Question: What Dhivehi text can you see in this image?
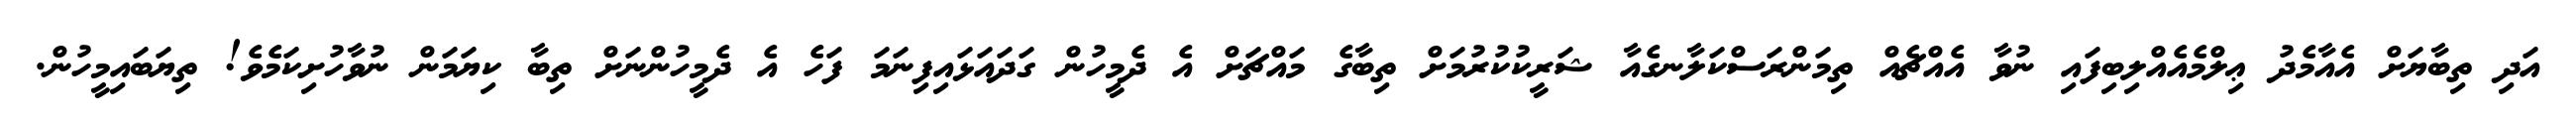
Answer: އަދި ތިބާޔަށް އެއާމެދު ޢިލްމެއެއްލިބިފައި ނުވާ އެއްޗެއް ތިމަންރަސްކަލާނގެއާ ޝަރީކުކުރުމަށް ތިބާގެ މައްޗަށް އެ ދެމީހުން ގަދައަޅައިފިނަމަ ފަހެ އެ ދެމީހުންނަށް ތިބާ ކިޔަމަން ނުވާހުށިކަމެވެ! ތިޔަބައިމީހުން.